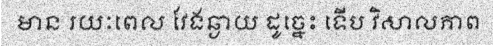
មាន រយៈពេល វែងឆ្ងាយ ដូច្នេះ ទើប វិសាលភាព